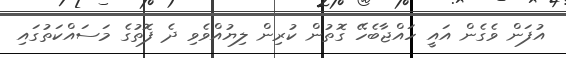
އުފަން ވެގެން އައީ ހައްޖާބެހޭ ގޮތުން ކުރިން ލިޔުއްވެވި ދެ ފޮތުގެ މަސައްކަތުގައި